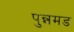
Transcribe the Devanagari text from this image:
पुन्नमड